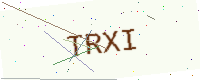
Text: TRXI